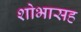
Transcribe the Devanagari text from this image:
शोभासह